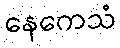
နေကေသံ